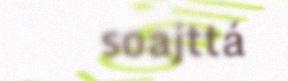
soajttá